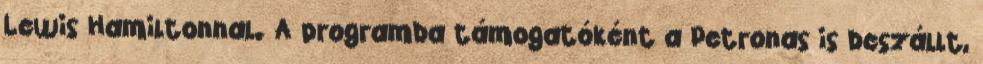
Lewis Hamiltonnal. A programba támogatóként a Petronas is beszállt,